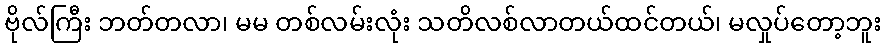
ဗိုလ်ကြီး ဘတ်တလာ၊ မမ တစ်လမ်းလုံး သတိလစ်လာတယ်ထင်တယ်၊ မလှုပ်တော့ဘူး